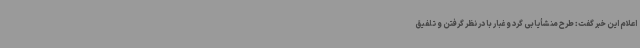
اعلام این خبر گفت: طرح منشأیابی گرد و غبار با در نظر گرفتن و تلفیق